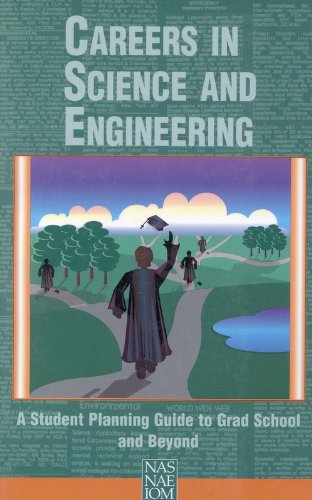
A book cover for Careers in Science and Engineering:: A Student Planning Guide to Grad School and Beyond; Institute of Medicine; Education & Teaching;